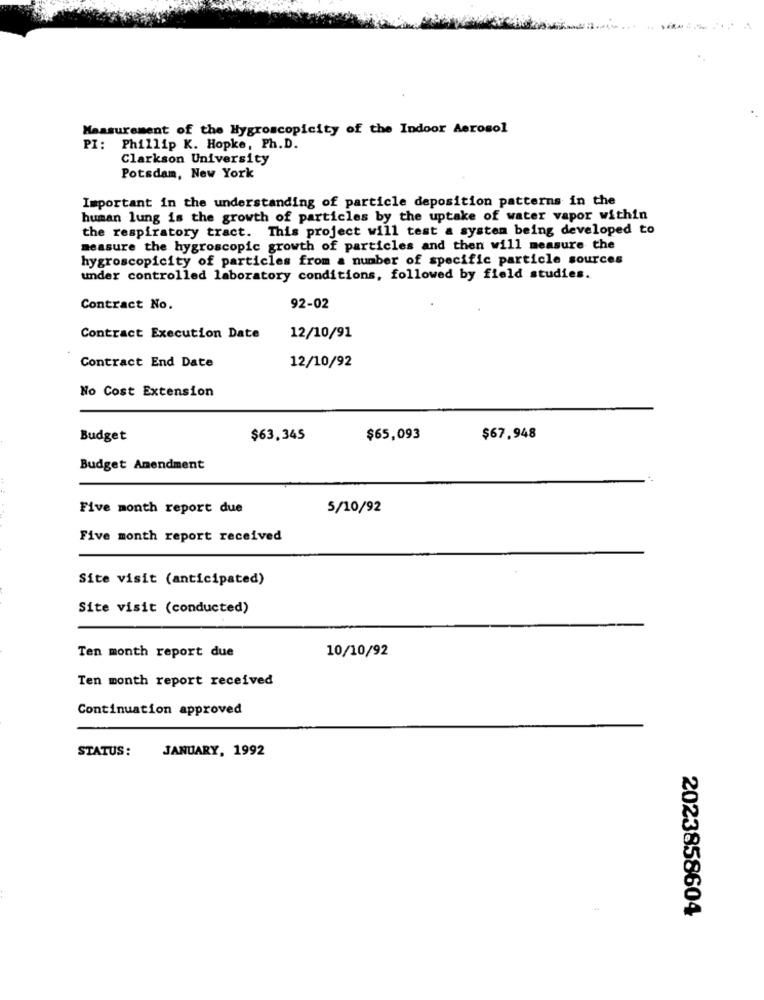
Measurement of the Hygroscopicity of the Indoor Aerosol
PI:
Phillip K. Hopke, Ph.D.
Clarkson University
Potsdam, New York
Important in the understanding of particle deposition patterns in the
human lung is the growth of particles by the uptake of water vapor within
the respiratory tract. This project will test a system being developed to
measure the hygroscopic growth of particles and then will measure the
hygroscopicity of particles from a number of specific particle sources
under controlled laboratory conditions, followed by field studies.
Contract No.
92-02
Contract Execution Date
12/10/91
Contract End Date
12/10/92
No Cost Extension
Budget
$63,345
$65,093
$67.948
Budget Amendment
Five month report due
5/10/92
Five month report received
Site visit (anticipated)
Site visit (conducted)
10/10/92
Ten month report due
Ten month report received
Continuation approved
STATUS:
JANUARY, 1992
2023858604